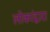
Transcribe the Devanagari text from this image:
लोकांद्वारा